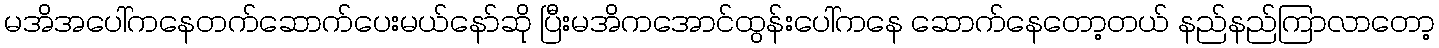
မအိအပေါ်ကနေတက်ဆောက်ပေးမယ်နော်ဆို ပြီးမအိကအောင်ထွန်းပေါ်ကနေ ဆောက်နေတော့တယ် နည်နည်ကြာလာတော့